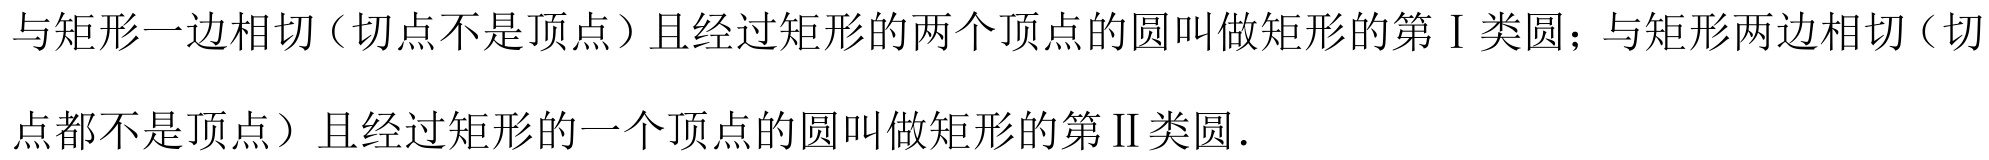
与矩形一边相切（切点不是顶点）且经过矩形的两个顶点的圆叫做矩形的第Ⅰ类圆；与矩形两边相切（切
点都不是顶点）且经过矩形的一个顶点的圆叫做矩形的第Ⅱ类圆.